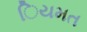
િયમત